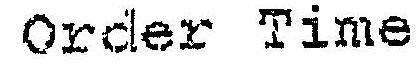
ORDER TIME